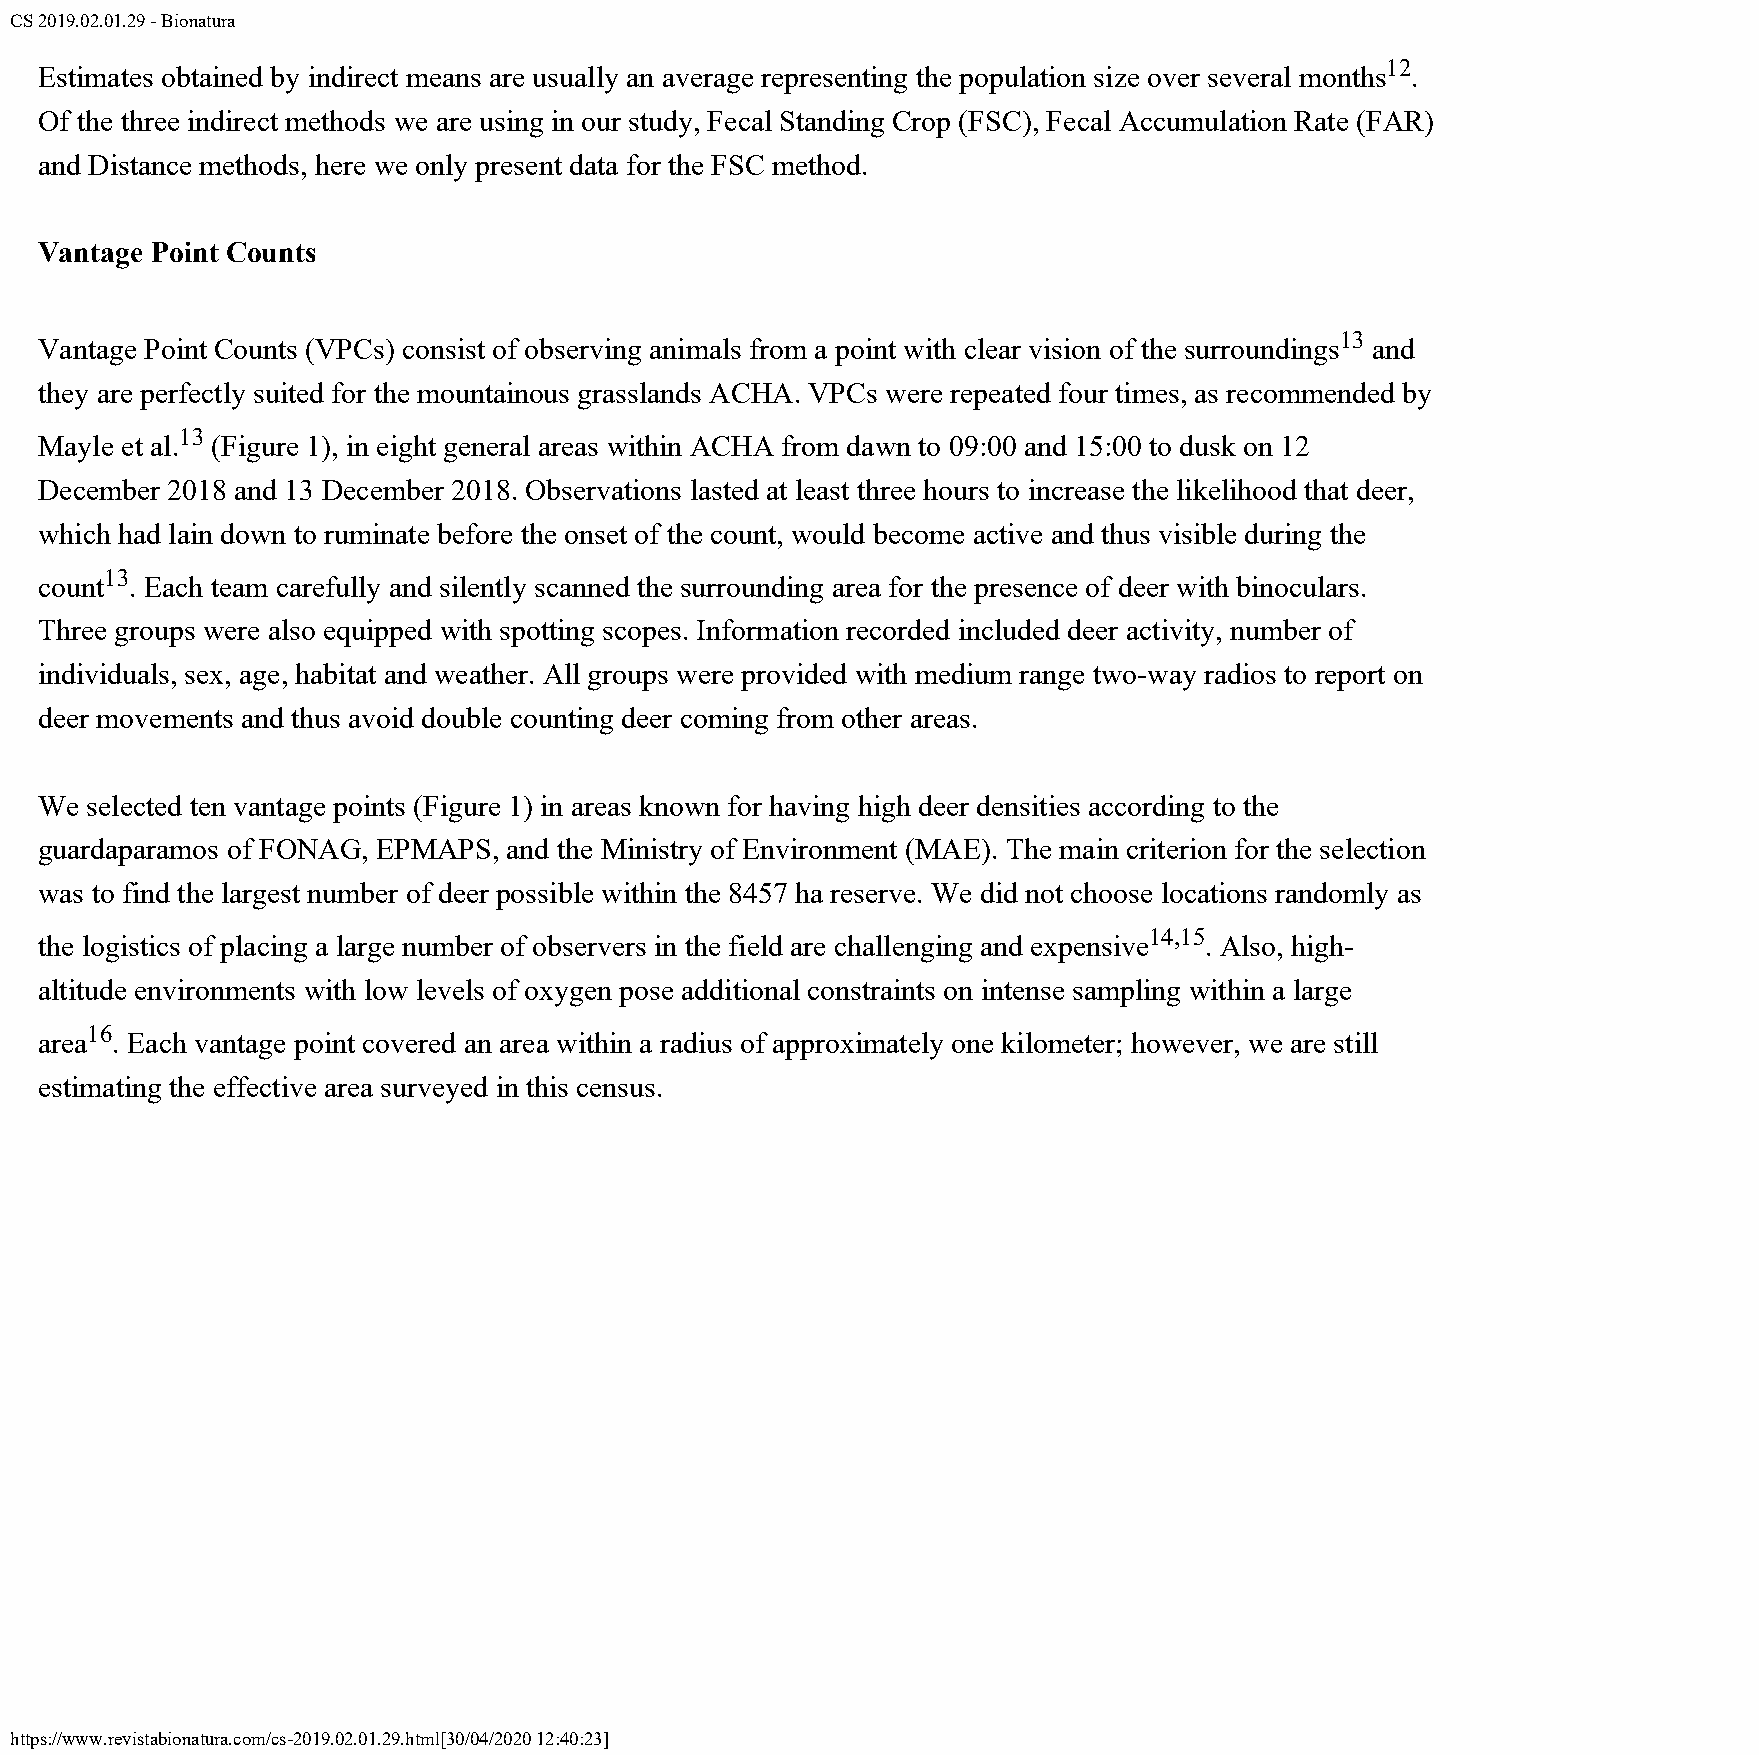
CS 2019.02.01.29 - Bionatura
 12
 Estimates obtained by indirect means are usually an average representing the population size over several months .
 Of the three indirect methods we are using in our study, Fecal Standing Crop (FSC), Fecal Accumulation Rate (FAR)
 and Distance methods, here we only present data for the FSC method.
 Vantage Point Counts
 13
 Vantage Point Counts (VPCs) consist of observing animals from a point with clear vision of the surroundings and
 they are perfectly suited for the mountainous grasslands ACHA. VPCs were repeated four times, as recommended by
 13
 Mayle et al. (Figure 1), in eight general areas within ACHA from dawn to 09:00 and 15:00 to dusk on 12
 December 2018 and 13 December 2018. Observations lasted at least three hours to increase the likelihood that deer,
 which had lain down to ruminate before the onset of the count, would become active and thus visible during the
 13
 count . Each team carefully and silently scanned the surrounding area for the presence of deer with binoculars.
 Three groups were also equipped with spotting scopes. Information recorded included deer activity, number of
 individuals, sex, age, habitat and weather. All groups were provided with medium range two-way radios to report on
 deer movements and thus avoid double counting deer coming from other areas.
 We selected ten vantage points (Figure 1) in areas known for having high deer densities according to the
 guardaparamos of FONAG, EPMAPS, and the Ministry of Environment (MAE). The main criterion for the selection
 was to find the largest number of deer possible within the 8457 ha reserve. We did not choose locations randomly as
 14,15
 the logistics of placing a large number of observers in the field are challenging and expensive . Also, high-
 altitude environments with low levels of oxygen pose additional constraints on intense sampling within a large
 16
 area . Each vantage point covered an area within a radius of approximately one kilometer; however, we are still
 estimating the effective area surveyed in this census.
 https://www.revistabionatura.com/cs-2019.02.01.29.html[30/04/2020 12:40:23]